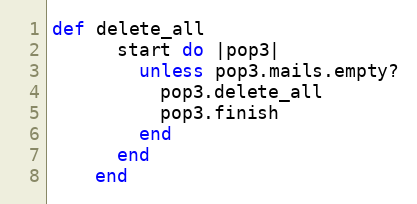
Language: Ruby
def delete_all
      start do |pop3|
        unless pop3.mails.empty?
          pop3.delete_all
          pop3.finish
        end
      end
    end